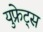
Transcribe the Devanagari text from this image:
युफ्रेट्स